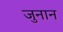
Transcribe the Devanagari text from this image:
जुनान